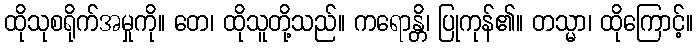
ထိုသုစရိုက်အမှုကို။ တေ၊ ထိုသူတို့သည်။ ကရောန္တိ၊ ပြုကုန်၏။ တသ္မာ၊ ထိုကြောင့်။